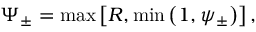
\Psi _ { \pm } = \operatorname* { m a x } \left[ R , \operatorname* { m i n } \left( 1 , \psi _ { \pm } \right) \right] ,